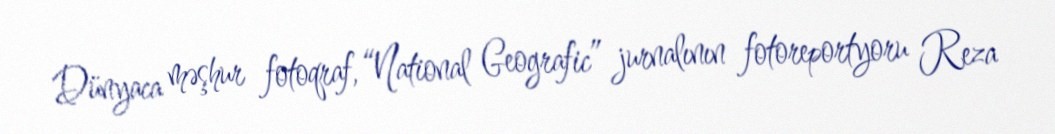
Dünyaca məşhur fotoqraf, “National Geografic” jurnalının fotoreportyoru Reza